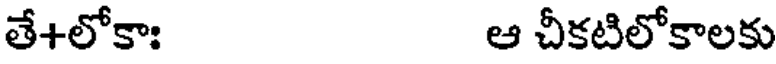
తే+లోకాః ఆ చీకటిలోకాలకు